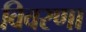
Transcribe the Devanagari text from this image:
विवरणा